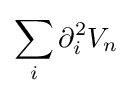
\sum _{i}\partial _{i}^{2}V_{n}